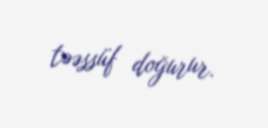
təəssüf doğurur.